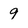
Character: 9